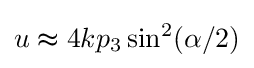
u\thickapprox 4kp_{3}\sin ^{2}(\alpha /2)